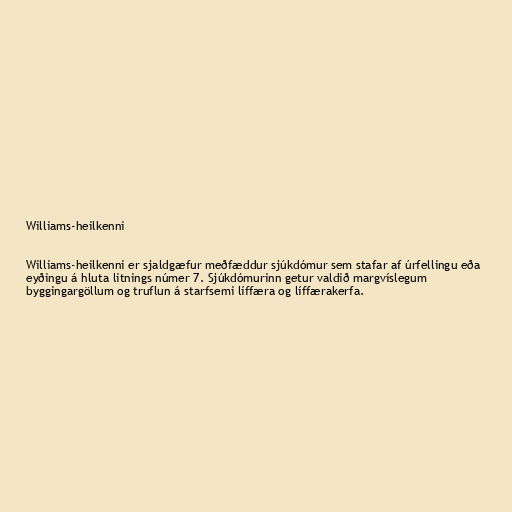
Williams-heilkenni

Williams-heilkenni er sjaldgæfur meðfæddur sjúkdómur sem stafar af úrfellingu eða
eyðingu á hluta litnings númer 7. Sjúkdómurinn getur valdið margvíslegum
byggingargöllum og truflun á starfsemi líffæra og líffærakerfa.